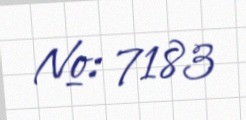
№: 7183